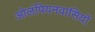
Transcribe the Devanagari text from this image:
ओलंपियनवासियों